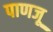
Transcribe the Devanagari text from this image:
पाणजू